Annual administration report of the Civil Veterinary Department of India - 1896-1897
Year: 1896
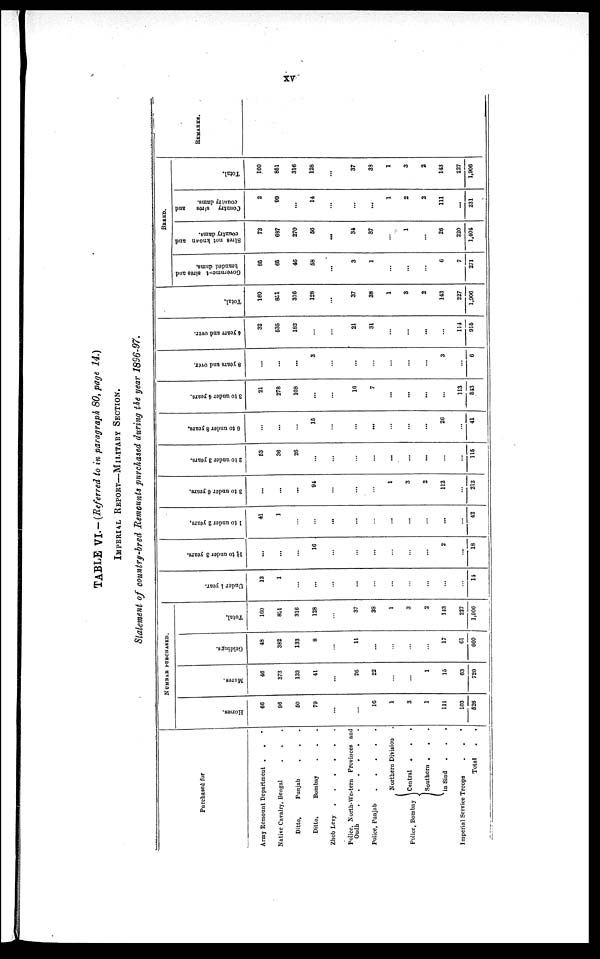
XV
TABLE VI.—(Referred to in paragraph 80, page 14.)
IMPERIAL REPORT-MILITARY SECTION.
Statement of country-bred Remounts purchased during the year 1896-97.
Purchased for
Army Remount Department . . .
Native Cavalry, Bengal
. . .
Ditto,
Punjab . . .
Ditto,
Bombay . . .
Zhob Levy
.
.
.
.
.
.
Police, North-Western Provinces and
Oudh
.
.
.
.
.
.
Police, Punjab
.
.
.
.
.
Police, Bombay
Northern Division .
Central . . .
Southern . . .
in Sind . . .
Imperial Service Troops
. . .
Total . .
NUMBER PURCHASED.
Horses.
66
96
50
79
...
...
16
1
3
1
111
103
526
Mares.
46
373
133
41
...
26
22
...
...
1
15
63
720
Geldings.
48
382
133
8
...
11
...
...
...
...
17
61
660
Total.
160
851
316
128
...
37
38
1
3
2
143
227
1,906
Under 1 year.
13
1
...
...
...
...
...
...
...
...
...
...
14
1½ to under 3 years.
...
...
...
16
...
...
...
...
...
...
2
...
18
1 to under 2 years,
41
1
...
...
...
...
...
...
...
...
...
...
42
3 to under 6 year s.
...
...
...
94
...
...
...
1
3
2
112
...
212
2 to under 3 years.
53
36
26
...
...
...
...
...
...
...
...
...
115
6 to under 8 years.
...
...
...
15
...
...
...
...
...
...
26
...
41
3 to under 4 years.
21
278
108
...
...
16
7
...
...
...
...
113
543
8 y e a r s a nd over .
...
...
...
3
...
...
...
...
...
...
3
...
6
4 y e a r s a nd over .
32
535
182
...
...
21
31
...
...
...
...
114
915
Total.
160
851
316
128
...
37
38
1
3
2
143
227
1,906
BREED.
Government sires and
branded dams.
85
65
46
58
...
3
1
...
...
...
6
7
271
Sires not known and
country dams.
73
687
270
56
...
34
37
...
1
...
26
220
1,404
Country sires
and
country dams.
2
99
...
14
...
...
...
1
2
2
111
...
231
Total.
160
851
316
128
...
37
38
1
3
2
143
227
1,906
REMARKS.